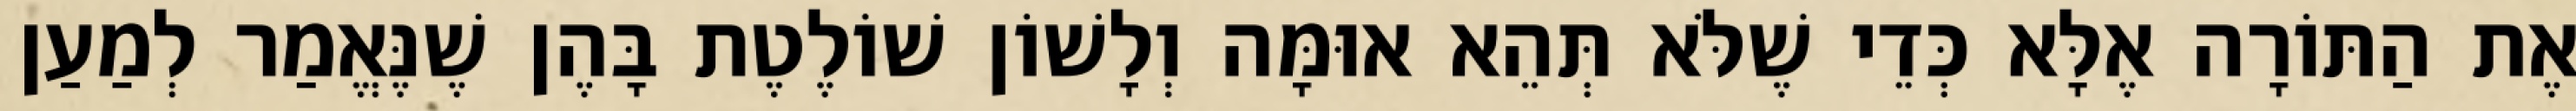
אֶת הַתּוֹרָה אֶלָּא כְּדֵי שֶׁלֹּא תְּהֵא אוּמָּה וְלָשׁוֹן שׁוֹלֶטֶת בָּהֶן שֶׁנֶּאֱמַר לְמַעַן